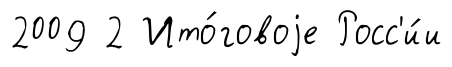
2009 2 Ито́говоjе Росс'и́и